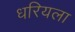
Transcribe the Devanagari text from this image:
धरियला